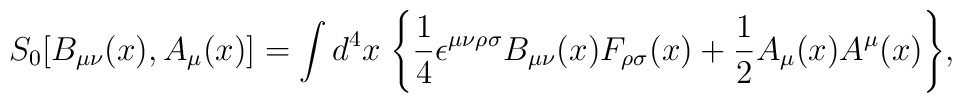
S_{0}[B_{\mu\nu}(x),A_{\mu}(x)]=\int d^{4}x\; \Bigg\{ \frac{1}{4} \epsilon^{\mu\nu\rho\sigma}B_{\mu\nu}(x)F_{\rho\sigma}(x) + \frac{1}{2}A_{\mu}(x)A^{\mu}(x) \Bigg\},